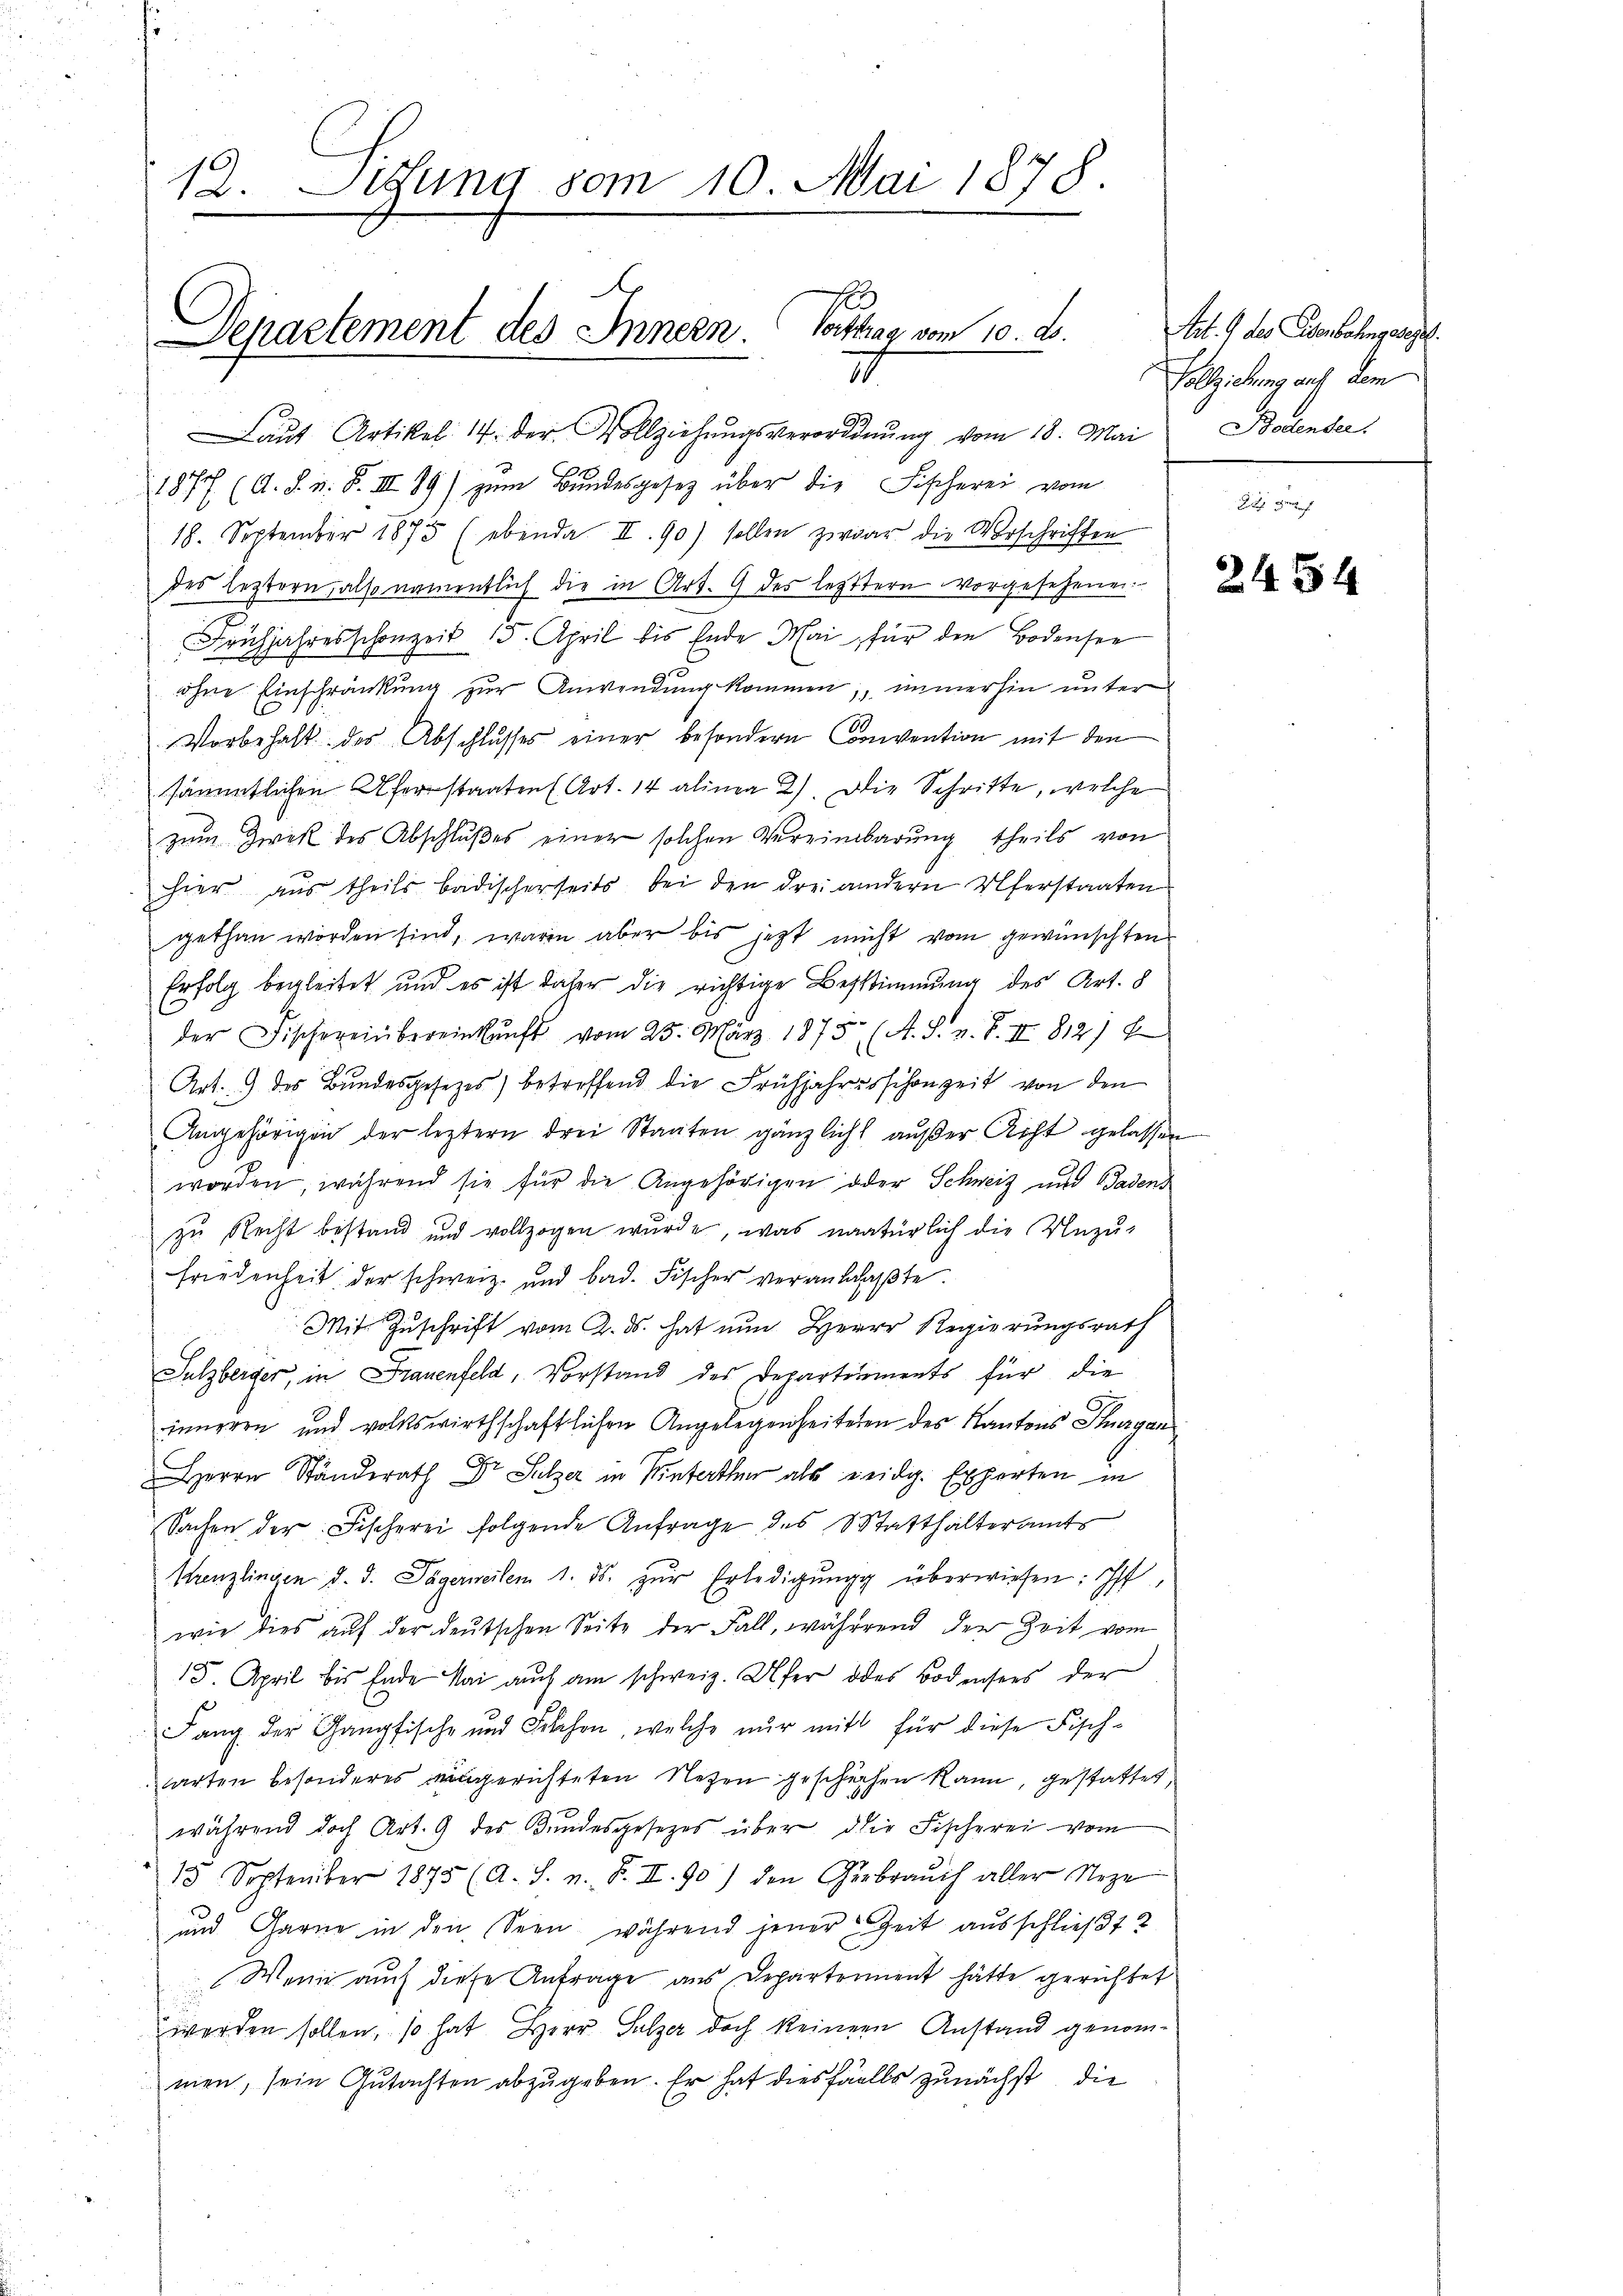
12. Sedung vom 10. Mai 1878.

Departement des Innern. Vortrag vom 10. d.
I

Laut Artikel 14. der Vollziehungsverordnung vom 18. Mai
1877 (d. d. n. F. III 89) zum Bundesgesetz über die Fischerei vom
18. September 1875 (ebenda II. 90) sollen zwar die Vorschriften
des leztern, also namentlich die in Art. 9 des leztern vorgesehenen
Frühjahres schonzeit 15. April bis Ende Mai, für den Bodensee
ohne Einschränkung zur Anwendung kommen; immerhin unter
Vorbehalt des Abschlusses einer besondern Convention mit den
sämmtlichen Uferstaaten (Art. 14 alinea 2). Die Schritte, welche
zum Zwek des Abschlußes einer solchen Vereinbarung theils von
hier aus theils badischerseits bei den drei andern Uferstaaten
gethan worden sind, waren aber bis jetzt nicht vom gewünschten
Erfolg begleitet und es ist daher die richtige Bestimmung des Art. 8
der Fischereinbereinkunft vom 25. März 1875 (A. S. v. F. II 812)
Art. 9 des Bundesgesetzes) betreffend die Frühjahresschonzeit von den
Angehörigen der leztern drei Staaten gänzlich außer Acht gelassen
worden, während sie für die Angehörigen oder Schweiz und Badens
zu Recht bestand und vollzogen wurde, was natürlich die Unzu-
Friedenheit der schweiz. und bad. Fischer veranlaβte.
Mit Zuschrift vom 2. ds. hat nun Herrn Regierungsrath
Sulzberger, in Frauenfeld, Vorstand des Departements für die
inneren und volkswirthschaftlichen Angelegenheiteten des Kantons Thurgan
Herrn Ständerath Dr Sulzer in Winterth als eidg. Experten in
Sachen der Fischerei folgende Anfrage des Statthalteramt
Krenzlingen d. d. Jägerweilen 1. ds. zur Erledigŭng überwiesen: Ist
wie dies aŭf der deutschen Seite der Fall, während der Zeit vom
15. April bis Ende Mai auch am schweiz. Ufer des Bodensees der
Fang der Ganpfische und Fischen, welche nur mit für diese Fisch-
arten besonderes ausgerichteten Nezen geschächen kann, gestattet,
während doch Art. 9 des Bundesgesetzes über die Fischerei vom
13 September 1875 (A. S. n. F. II. 90) den Gerbraŭch aller Neze
und Garne in den Seen während jener Zeit ausschließt 2
Wenn auch diese Antrage aus Departement hätte gerichtet
werden sollen, so hat Herr Sulzer doch keiner Anstand genommen, sein Gutachten abzugeben. Er hat diesfalls zunächst die

Art. 9 des Eisenbahngeregel.
Vollziehung auf dem
Bodender.